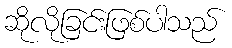
ဆိုလိုခြင်းဖြစ်ပါသည်